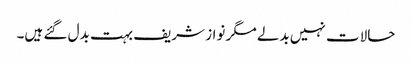
حالات نہیں بدلے مگر نواز شریف بہت بدل گئے ہیں۔